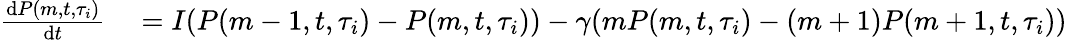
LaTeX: \begin{array}{rl}{\frac{\mathrm{d}P(m,t,\tau_{i})}{\mathrm{d}t}}&{{}=I(P(m-1,t,\tau_{i})-P(m,t,\tau_{i}))-\gamma(mP(m,t,\tau_{i})-(m+1)P(m+1,t,\tau_{i}))}\end{array}